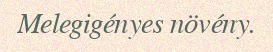
Melegigényes növény.